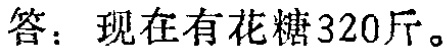
答：现在有花糖320斤。